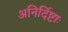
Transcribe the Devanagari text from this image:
अनिर्दिष्टाः